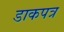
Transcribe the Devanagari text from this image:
डाकपत्र